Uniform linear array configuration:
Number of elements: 8
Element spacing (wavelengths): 0.75
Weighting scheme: uniform
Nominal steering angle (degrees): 60
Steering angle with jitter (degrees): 58.626
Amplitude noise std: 0.05
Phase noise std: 0.05

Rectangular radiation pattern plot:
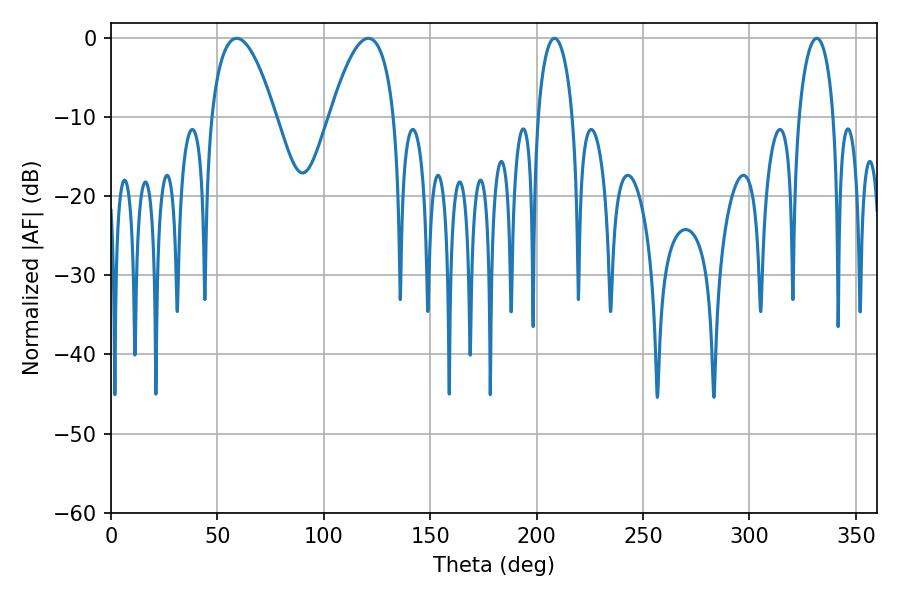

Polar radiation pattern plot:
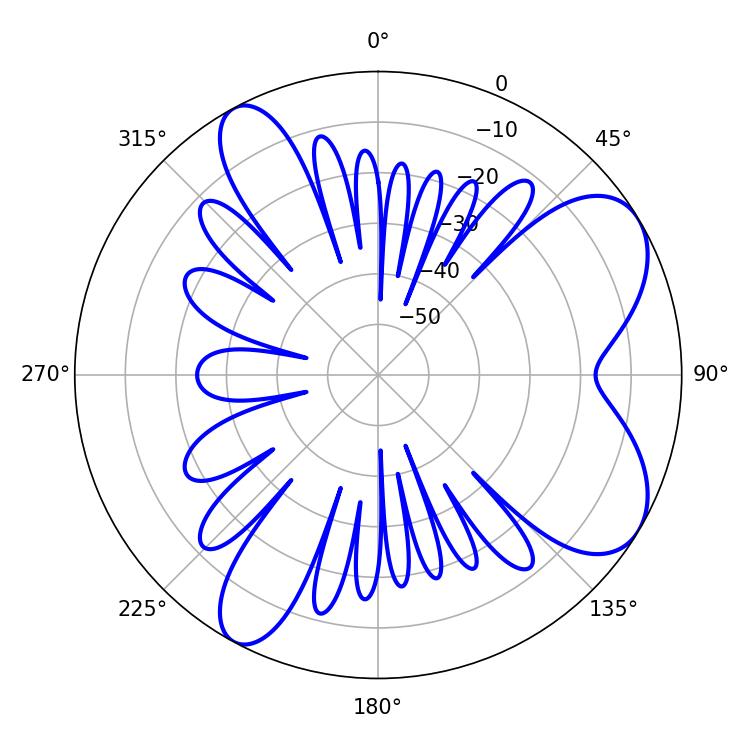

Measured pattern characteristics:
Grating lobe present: TRUE
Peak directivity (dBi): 7.287
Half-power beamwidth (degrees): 16.56
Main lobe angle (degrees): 59.04